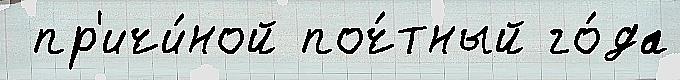
 пр'ичи́ной поч́тный го́да